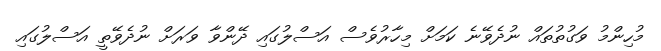
މުހިންމު ވަގުތުތައް ނުދެވޭނެ ކަމަށް މިހާރުވެސް އަސްލުގައި ދޭންވާ ވަރަށް ނުދެވޭތީ އަސްލުގައި